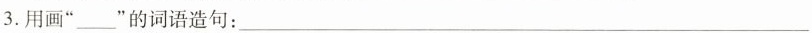
3.用画”___”的词语造句：___